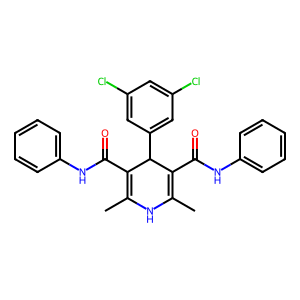
SMILES: CC1=C(C(=O)Nc2ccccc2)C(c2cc(Cl)cc(Cl)c2)C(C(=O)Nc2ccccc2)=C(C)N1
Inhibits HIV replication: No